Scottish Leaving Certificate Examination, 1960
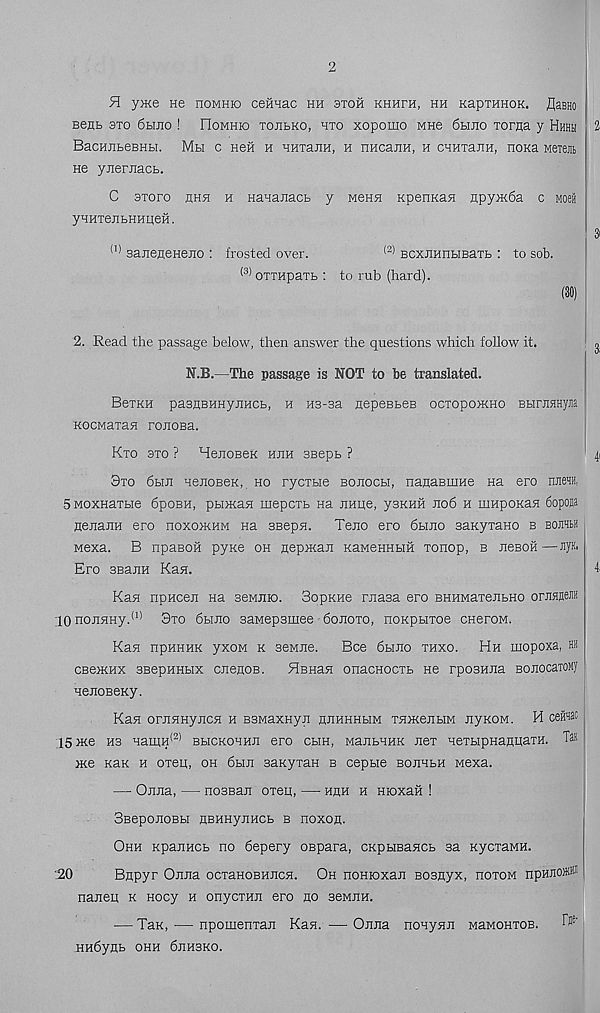
2
H y>Ke He homhio cennac hh stoh khhfh, hh KapTHHOK. ^aBHO
Bent 9to 6bmo ! FIomhio tohlko, hto xoporao mhg 6hjio Torfla y Hhhh
BacHjibeBHbi. Mh c nen h hhtSjih, h nHcaHH, h cHHxaJiH, noKa Mexem
He yjierjiacb.
C aroro hhh h HanaJiacb y mchh KpenKan npy>K6a c woeii
yHHTenbHHLieH.
<1) saireneHejio : frosted over.
(2) BCXHHHbiBaTb : to sob.
(3) oTTHpaTb : to rub (hard).
2. Read the passage below, then answer the questions which follow it.
N.B.—The passage is NOT to be translated.
BexKH pasHBHHyjiHCb, h H3-3a nepeBbeB octopohcho Bbirnsnyia
KOCMaxaa ronoBa.
Kxo 3xo ? HejiOBeK hjih 3Bepb ?
8xo 6hji HenoBeK,. ho rycxbie bojioch, nanaBrnne Ha ero njie™,
5M0XHaxbie 6poBH, pbman mepcxb na Jinpe, ysKHH ho6 h uinpoKaH bopo®
nejianH ero noxomHM na SBepn. Teno ero 6hjio saKyxano b bootm
Mexa. B npaBoil pyxe oh nepHcan KaMeHHbra xonop, b nesoH—JiyK.
Ero BBajiH Kan.
Kan npHcen na seMjiio. SopKHe rnasa ero BHHMaxeJibHO ornsfleJiH
10 nojismy.' 1 ' 8xo 6hjio saMepsmee 6ojioxo, noKpbixoe cneroM.
Kan npHHHK yxoM k seMJie.
Bee dbino xhxo. Hh mopoxa, hh
CBexoix BBepHHBix cnenoB.
HBHan onacHocxb He rposHHa BonocaxoMy
nenoBeKy.
Kan orjiHHyjicH h BBMaxHyii nnHHHbiM THmejibiM JiyKOM. H cennac
ISxce H3 HamH (2) bhckohhji ero CHH, MajibHHK nex HexbipHanHaxH. Tan
nee khk h oxen, oh 6hji saxyxaH b cepbie bojihbh Mexa.
—• Ojina, — nosBan oxen, — hhh h Hioxaii !
SBepOJIOBH HBHHyjIHCb B HOXOn.
Ohh KpajiHCb no 6epery ospara, CKpbiBaHCb sa KycxaMH.
:20
Bnpyr Oxuia ocxaHOBHJicn. Oh noHioxan Bosnyx, hoxom npMO*®
naneu k nocy h onycxHJi ero no seMJin.
— Tax, — npomenxaji Kan. — Omia noHynn MaMOHXOB.
HHdyHb OHH 6JIH3KO.